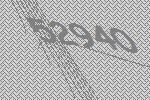
52940